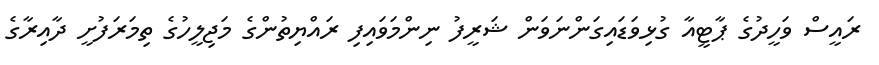
ރައީސް ވަހީދުގެ ޕާޓީއާ ގުޅިވަޑައިގަންނަވަން ޝަރީފު ނިންމަވައިފި ރައްޔިތުންގެ މަޖިލީހުގެ ތިމަރަފުށީ ދާއިރާގެ